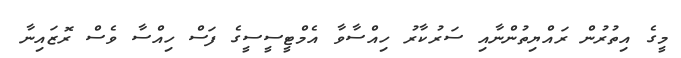
މީގެ އިތުރުން ރައްޔިތުންނާއި ސަރުކާރު ހިއްސާވާ އެމްޓީސީސީގެ ފަސް ހިއްސާ ވެސް ރޮޒައިނާ